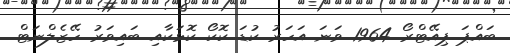
ބައްޕަ ޕިއޭޓްރޯ 1964 ވަނަ އަހަރު ކުޑަ ކޮކޯ ކޮޅަކާއި ބައިވަރު ހޭޒެލްނަޓް